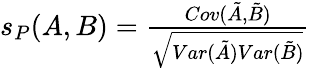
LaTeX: \begin{array}{r}{s_{P}(A,B)=\frac{Cov(\tilde{A},\tilde{B})}{\sqrt{Var(\tilde{A})Var(\tilde{B})}}}\end{array}